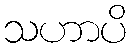
သဟာပိ